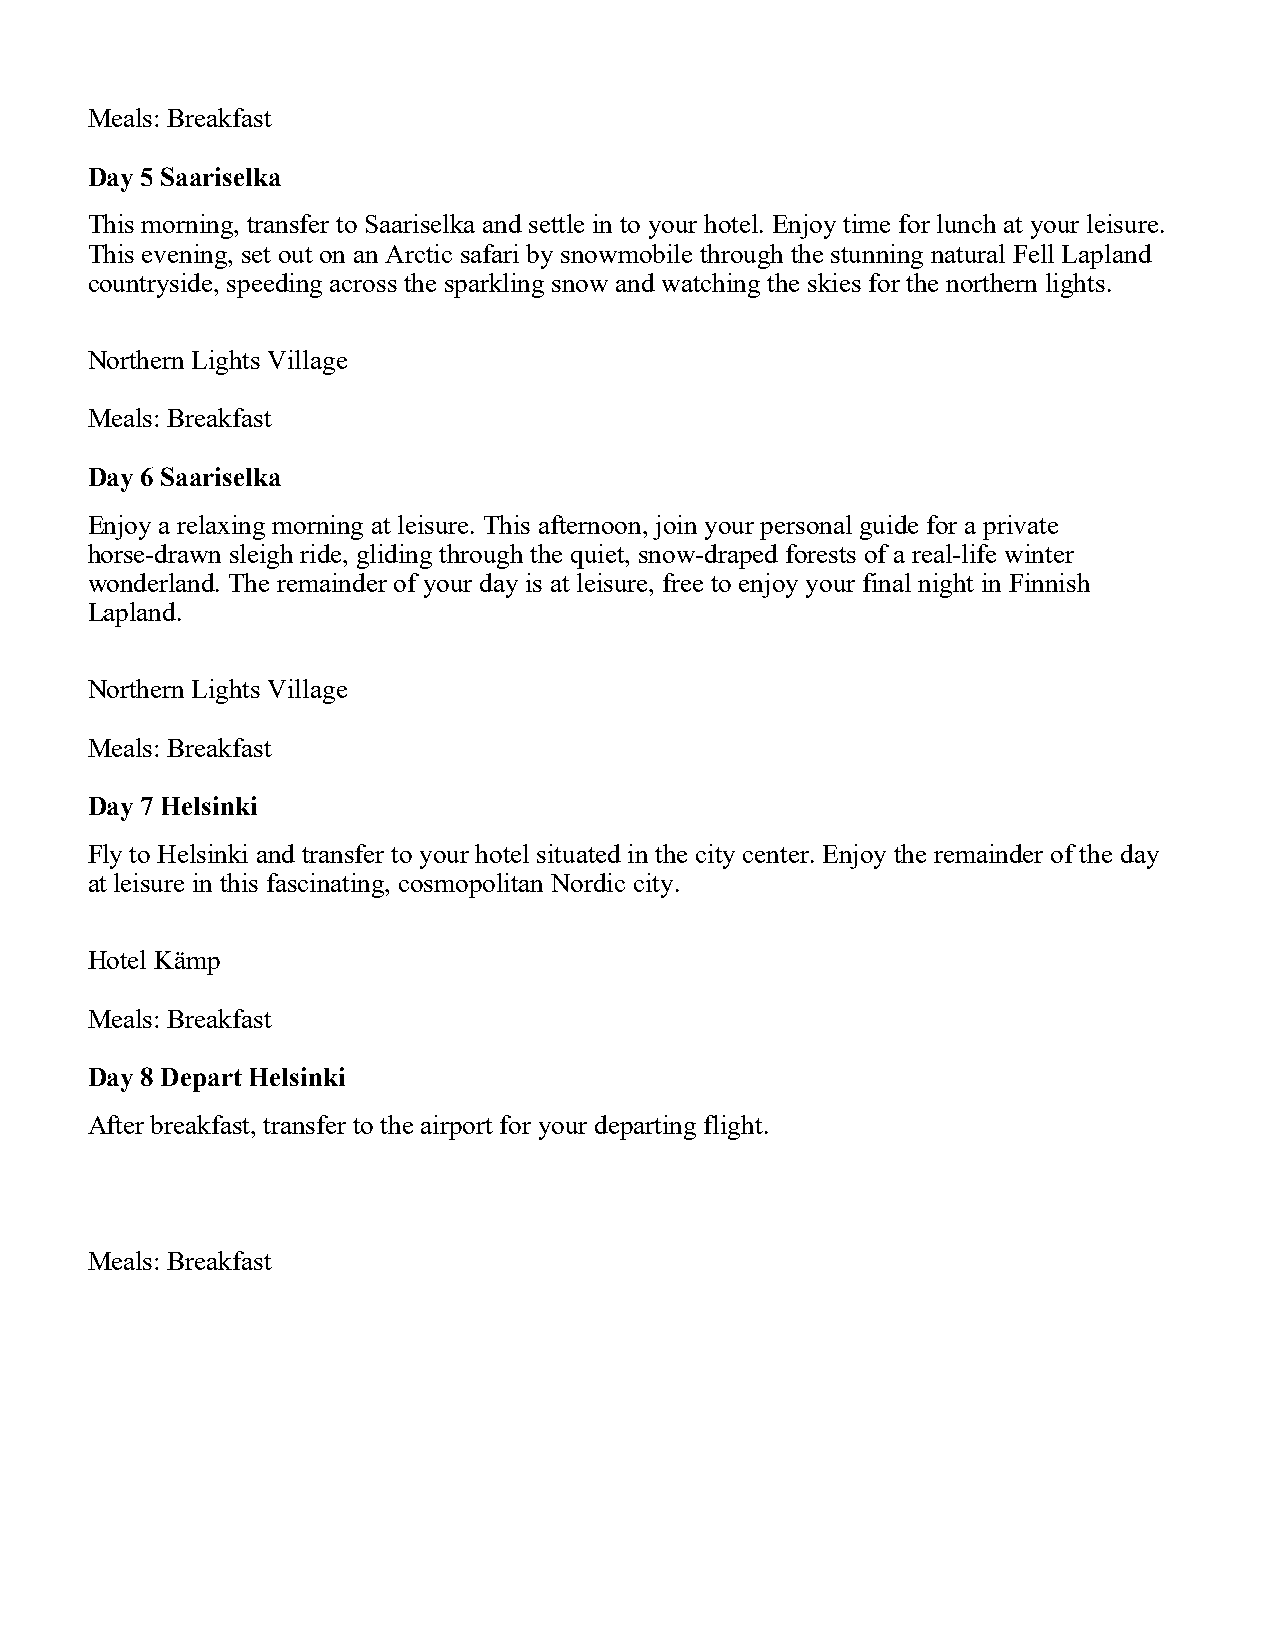
Meals: Breakfast
 Day 5 Saariselka
 This morning, transfer to Saariselka and settle in to your hotel. Enjoy time for lunch at your leisure.
 This evening, set out on an Arctic safari by snowmobile through the stunning natural Fell Lapland
 countryside, speeding across the sparkling snow and watching the skies for the northern lights.
 Northern Lights Village
 Meals: Breakfast
 Day 6 Saariselka
 Enjoy a relaxing morning at leisure. This afternoon, join your personal guide for a private
 horse-drawn sleigh ride, gliding through the quiet, snow-draped forests of a real-life winter
 wonderland. The remainder of your day is at leisure, free to enjoy your final night in Finnish
 Lapland.
 Northern Lights Village
 Meals: Breakfast
 Day 7 Helsinki
 Fly to Helsinki and transfer to your hotel situated in the city center. Enjoy the remainder of the day
 at leisure in this fascinating, cosmopolitan Nordic city.
 Hotel Kämp
 Meals: Breakfast
 Day 8 Depart Helsinki
 After breakfast, transfer to the airport for your departing flight.
 Meals: Breakfast